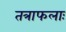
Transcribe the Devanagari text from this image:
तत्राफलाः